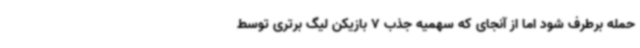
حمله برطرف شود اما از آنجای که سهمیه جذب 7 بازیکن لیگ برتری توسط